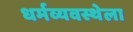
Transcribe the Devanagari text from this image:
धर्मव्यवस्थेला